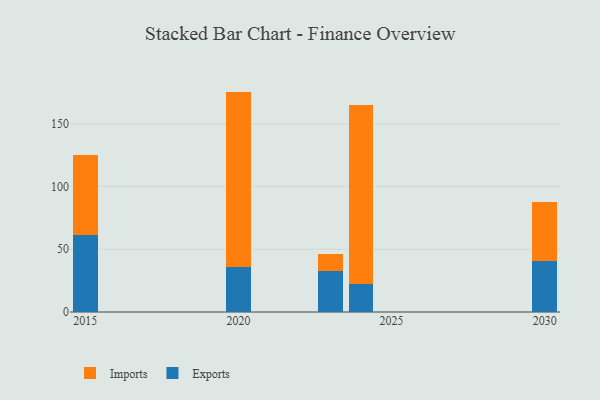
{"axis": {"x": "Year", "y": "Budget (USD K)"}, "legend": ["Exports", "Imports"], "data": [{"x": "2024", "y": 22.7, "type": "Exports"}, {"x": "2024", "y": 142.6, "type": "Imports"}, {"x": "2023", "y": 32.6, "type": "Exports"}, {"x": "2023", "y": 13.7, "type": "Imports"}, {"x": "2020", "y": 36.2, "type": "Exports"}, {"x": "2020", "y": 139.5, "type": "Imports"}, {"x": "2030", "y": 40.9, "type": "Exports"}, {"x": "2030", "y": 46.5, "type": "Imports"}, {"x": "2015", "y": 61.5, "type": "Exports"}, {"x": "2015", "y": 64.0, "type": "Imports"}]}